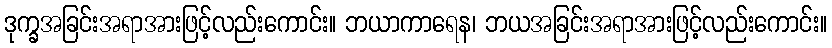
ဒုက္ခအခြင်းအရာအားဖြင့်လည်းကောင်း။ ဘယာကာရေန၊ ဘယအခြင်းအရာအားဖြင့်လည်းကောင်း။